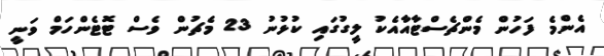
އެންމެ ފަހުން މެންޗެސްޓާއާއެކު ލީގުގައި ކުޅުނު 23 މެޗުން ވެސް ޓޮޓެންހަމް ވަނީ